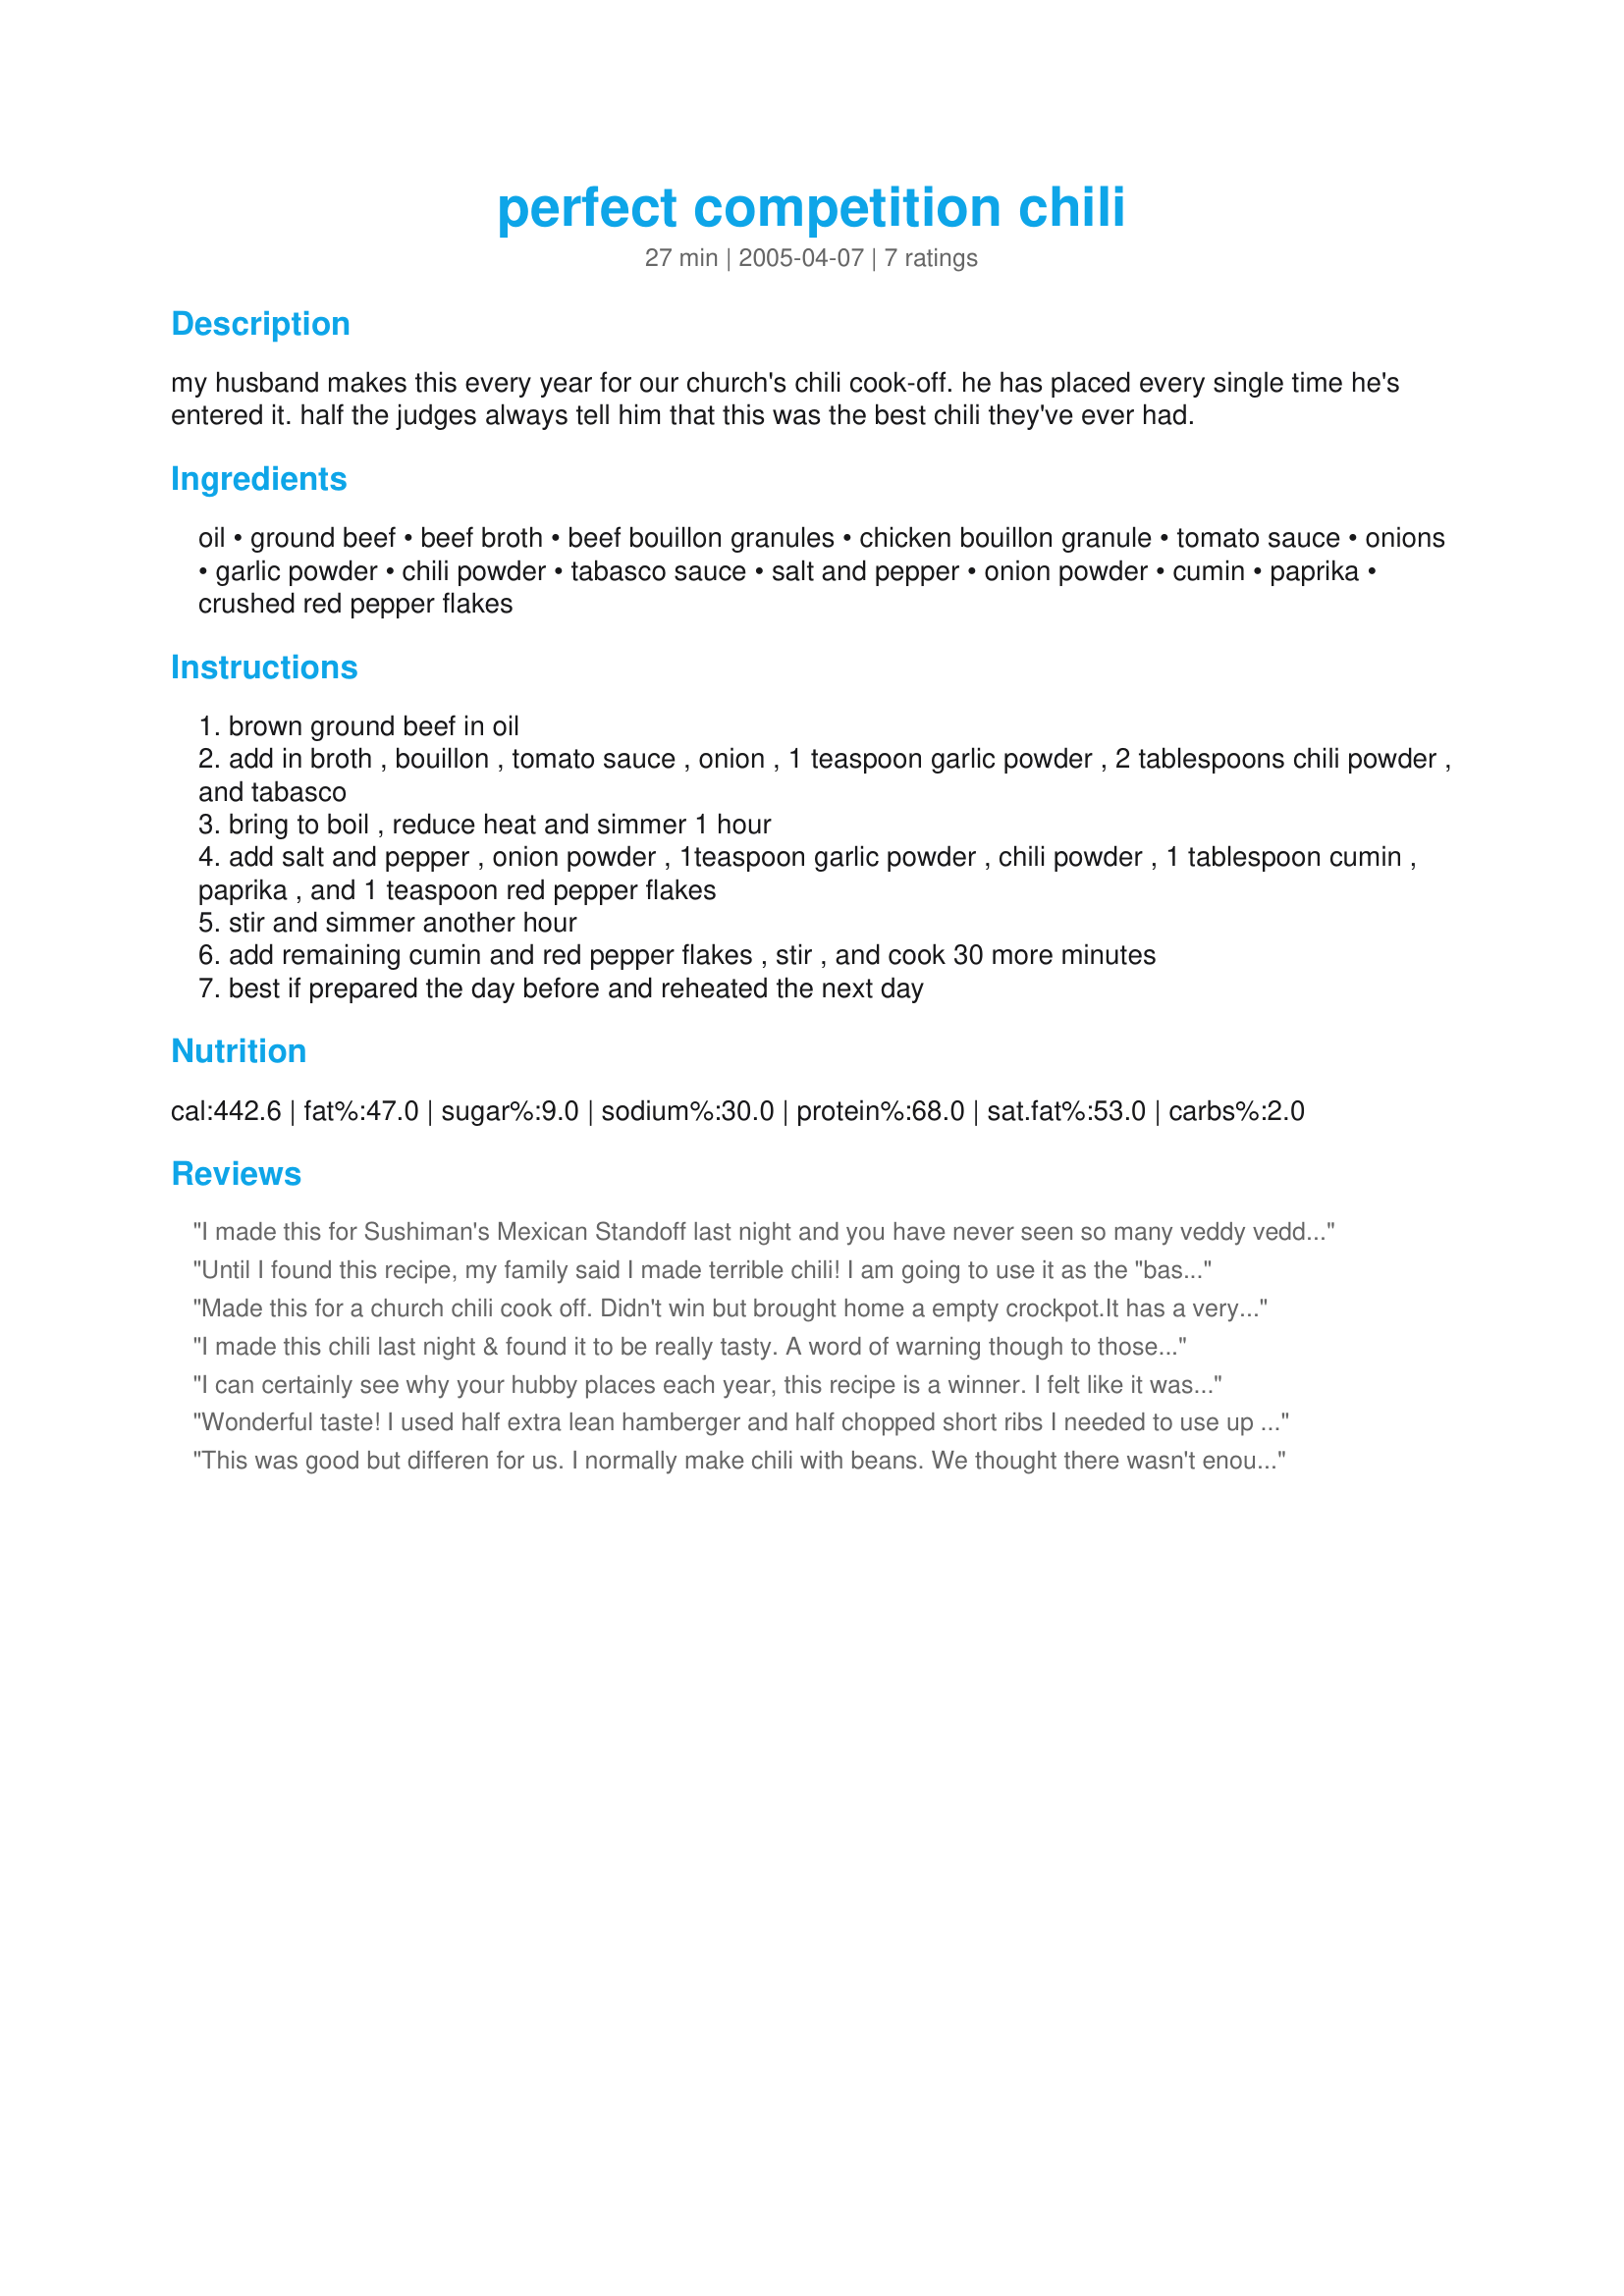
perfect competition chili
Preparation time: 27 minutes

my husband makes this every year for our church's chili cook-off. he has placed every single time he's entered it. half the judges always tell him that this was the best chili they've ever had.

Ingredients:
oil, ground beef, beef broth, beef bouillon granules, chicken bouillon granule, tomato sauce, onions, garlic powder, chili powder, tabasco sauce, salt and pepper, onion powder, cumin, paprika, crushed red pepper flakes

Steps:
brown ground beef in oil
add in broth , bouillon , tomato sauce , onion , 1 teaspoon garlic powder , 2 tablespoons chili powder , and tabasco
bring to boil , reduce heat and simmer 1 hour
add salt and pepper , onion powder , 1teaspoon garlic powder , chili powder , 1 tablespoon cumin , paprika , and 1 teaspoon red pepper flakes
stir and simmer another hour
add remaining cumin and red pepper flakes , stir , and cook 30 more minutes
best if prepared the day before and reheated the next day

Reviews:
I made this for Sushiman's Mexican Standoff last night and you have never seen so many veddy veddy proper Brits makes such little piggies of themselves. I made a double batch, using half ground chicken breast and half ground beef. I added a few chopped Morrocan peppers which I had pureed with the beef broth and tomato sauce, and used that for heat instead of the Tabasco and the pepper flakes. I also added about 1/4 cup of brown sugar to "sweeten the pot." Most of my guests had never had chili before, and claimed that they didn't like spicy food, but there was just a scant cup of chili left for me to take to lunch today as leftovers. Good stuff!
Until I found this recipe, my family said I made terrible chili! I am going to use it as the "base" for a chili cookoff (my first!) on Feb 9th. I will add some of my own touches of course. Wish me luck - I think this one is a winner! I only used 3T of chili powder though, as I am a chicken, and found it to be just right for my taste. GOOD recipe! Thank you to whomever it belongs to. EASY to make - I highly suggest you drain the fat by placing the cooked beef in a strainer and running hot water over it and do NOT add any oil! All that grease was yucky!
Made this for a church chili cook off. Didn't win but brought home a empty crockpot.It has a very nice flavor. We like our chili without beans so it was our kind of chili. Someone from my church said it would make a great chili dog.

Thanks ShaGun.

Bullwinkle.
I made this chili last night & found it to be really tasty. A word of warning though to those not used to hot spices - go easy on the chili powder! I found that for our 'delicate British palates' about 1/4 of the chili in the recipe was plenty (2 tbsp chili powder). Apart from that, great recipe.
I can certainly see why your hubby places each year, this recipe is a winner. I felt like it was almost custom made for my family, no-one but me likes beans in their chili, so this was perfect. It was spicy enough to please me, while not giving me heartburn, but mild enough that my kids cleared their plates. I only made one adjustment - I added about 2 cups water total, one cup before the first hour long simmer and another cup before the second hour long simmer. I was glad I did - the end result was thick and perfect, I think if I hadn't added the water the chili would have been slightly burnt to the bottom of the pan at the end of the long simmer time. I served this with shredded cheddar and sour cream - a great recipe - I plan to serve this everytime we have a craving - thanks for sharing it!
Wonderful taste! I used half extra lean hamberger and half chopped short ribs I needed to use up and instead of the granules, which I didn't have, I used concentrated beef broth and the cup of chicken broth. Didn't have to use the salt and pepper, it was salty enough with out for us. We did find it was just a little thin, so I left the lid off for the last 30 minutes to cook it down a bit. Very tasty, thanks for sharing.
This was good but differen for us. I normally make chili with beans. We thought there wasn't enough sauce so I added another cup of beef broth and another can of tomato sauce. I also only used four tablespoons of chili powder because I was afraid eight would be too much for us. I also forgot the onion powder. We enjoyed it. My one son ate it on tostido chips and chips.
